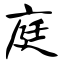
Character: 庭